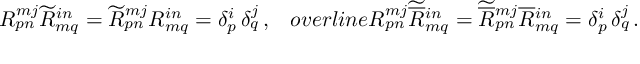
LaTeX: R _ { p n } ^ { m j } \widetilde { R } _ { m q } ^ { i n } = \widetilde { R } _ { p n } ^ { m j } R _ { m q } ^ { i n } = \delta _ { p } ^ { i } \, \delta _ { q } ^ { j } \, , \ \ \, o v e r l i n e { R } { } _ { p n } ^ { m j } \widetilde { \overline { { { R } } } } { } _ { m q } ^ { i n } = \widetilde { \overline { { { R } } } } { } _ { p n } ^ { m j } \overline { { { R } } } { } _ { m q } ^ { i n } = \delta _ { p } ^ { i } \, \delta _ { q } ^ { j } \, .